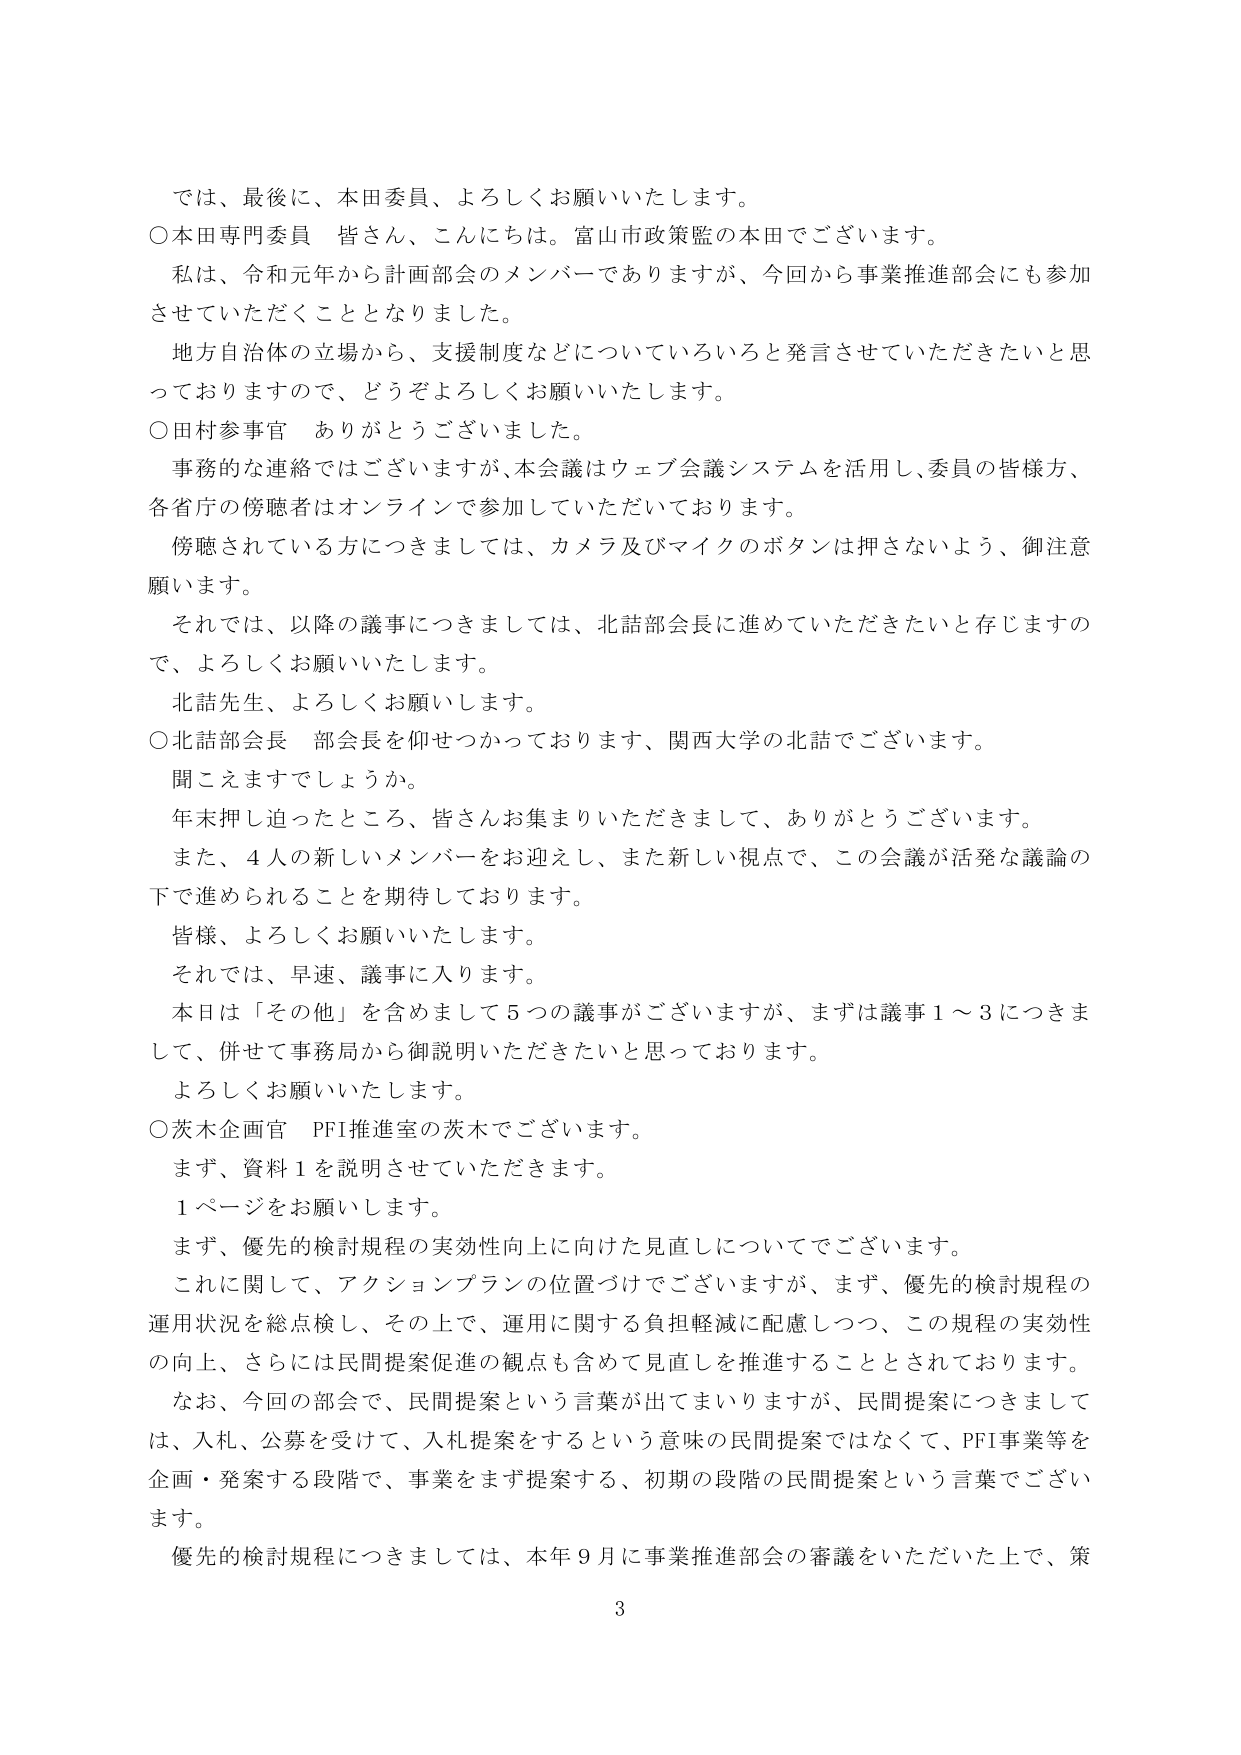
では、最後に、本田委員、よろしくお願いいたします。

○本田専門委員　皆さん、こんにちは。富山市政策監の本田でございます。
私は、令和元年から計画部会のメンバーでありますが、今回から事業推進部会にも参加させていただくこととなりました。
地方自治体の立場から、支援制度などについていろいろと発言させていただきたいと思っておりますので、どうぞよろしくお願いいたします。

○田村参事官　ありがとうございました。
事務的な連絡ではございますが、本会議はウェブ会議システムを活用し、委員の皆様方、各省庁の傍聴者はオンラインで参加していただいております。
傍聴されている方につきましては、カメラ及びマイクのボタンは押さないよう、御注意願います。
それでは、以降の議事につきましては、北詰部会長に進めていただきたいと存じますので、よろしくお願いいたします。
北詰先生、よろしくお願いします。

○北詰部会長　部会長を仰せつかっております、関西大学の北詰でございます。
聞こえますでしょうか。
年末押し迫ったところ、皆さんお集まりいただきまして、ありがとうございます。
また、4人の新しいメンバーをお迎えし、また新しい視点で、この会議が活発な議論の下で進められることを期待しております。
皆様、よろしくお願いいたします。
それでは、早速、議事に入ります。
本日は「その他」を含めまして5つの議事がございますが、まずは議事1～3につきまして、併せて事務局から御説明いただきたいと思っております。
よろしくお願いいたします。

○茨木企画官　PFI推進室の茨木でございます。
まず、資料1を説明させていただきます。
1ページをお願いします。
まず、優先的検討規程の実効性向上に向けた見直しについてでございます。
これに関して、アクションプランの位置づけでございますが、まず、優先的検討規程の運用状況を総点検し、その上で、運用に関する負担軽減に配慮しつつ、この規程の実効性の向上、さらには民間提案促進の観点も含めて見直しを推進することとされております。
なお、今回の部会で、民間提案という言葉が出てまいりますが、民間提案につきましては、入札、公募を受けて、入札提案をするという意味の民間提案ではなくて、PFI事業等を企画・発案する段階で、事業をまず提案する、初期の段階の民間提案という言葉でございます。
優先的検討規程につきましては、本年9月に事業推進部会の審議をいただいた上で、策

3